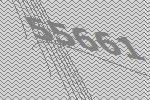
55661